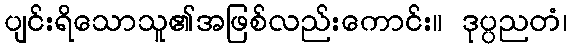
ပျင်းရိသောသူ၏အဖြစ်လည်းကောင်း။ ဒုပ္ပညတံ၊